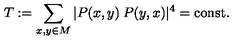
T : = \sum _ { x , y \in M } | P ( x , y ) \: P ( y , x ) | ^ { 4 } = { \mathrm { c o n s t } } .